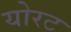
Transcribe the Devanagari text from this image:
योरट